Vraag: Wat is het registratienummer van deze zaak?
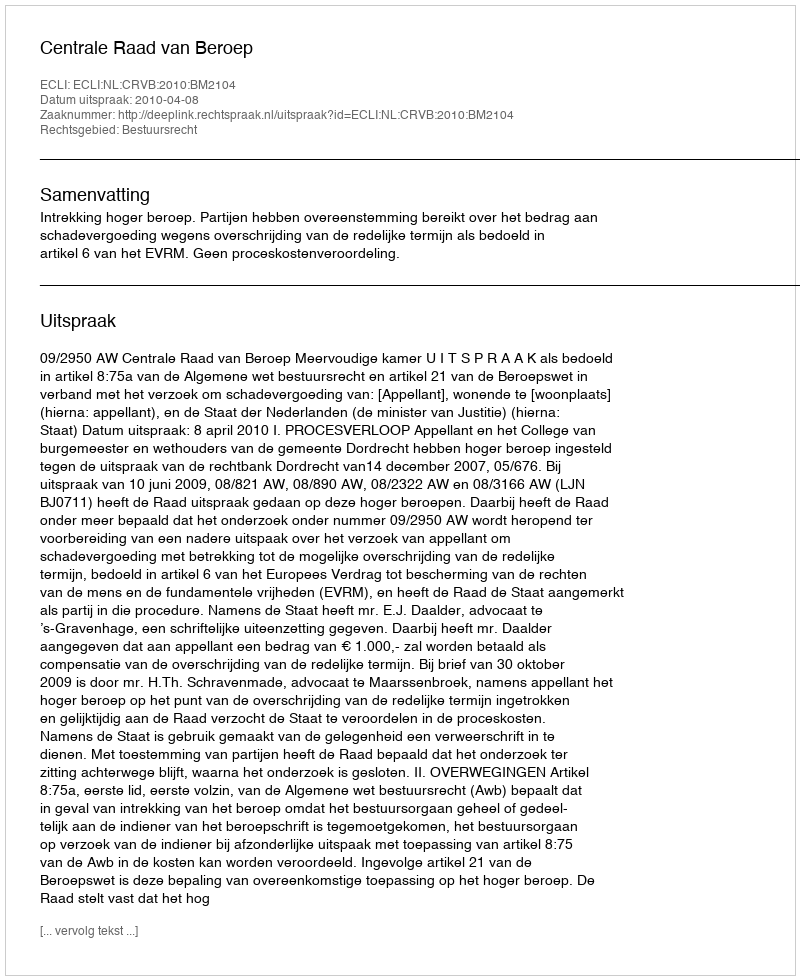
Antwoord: http://deeplink.rechtspraak.nl/uitspraak?id=ECLI:NL:CRVB:2010:BM2104